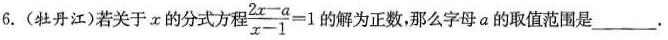
6. (牡丹江)若关于α的分式方程 $$\frac{2x-a}{x-1}=1$$ 的解为正数，那么字母a的取值范围是___.